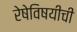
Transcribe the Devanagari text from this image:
रेषेविषयीची